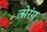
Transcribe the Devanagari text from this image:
त्सेरंग